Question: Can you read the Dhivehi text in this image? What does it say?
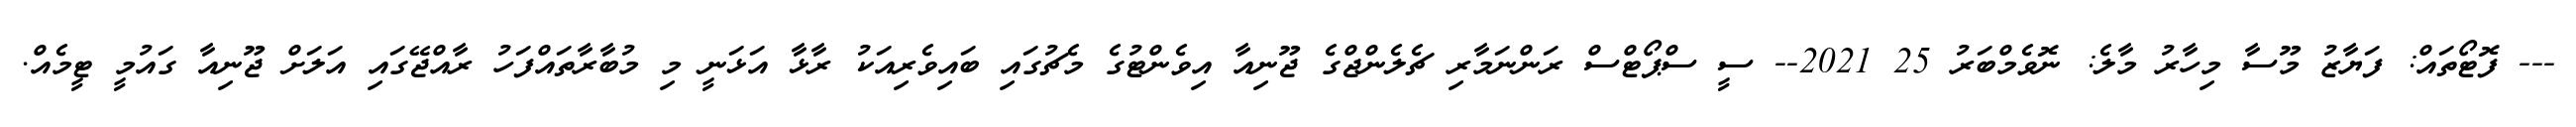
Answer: --- ފޮޓޯތައް: ފަޔާޒު މޫސާ މިހާރު މާލެ: ނޮވެމްބަރު 25 2021-- ސީ ސްޕޯޓްސް ރަންނަމާރި ޗެލެންޖްގެ ޖޫނިއާ އިވެންޓުގެ މެޗުގައި ބައިވެރިއަކު ރާޅާ އަޅަނީ މި މުބާރާތައްފަހު ރާއްޖޭގައި އަލަށް ޖޫނިއާ ގައުމީ ޓީމެއް.